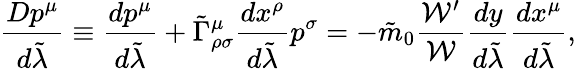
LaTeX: {\frac{Dp^{\mu}}{d\tilde{\lambda}}}\equiv{\frac{dp^{\mu}}{d\tilde{\lambda}}}+\tilde{\Gamma}_{\rho\sigma}^{\mu}{\frac{dx^{\rho}}{d\tilde{\lambda}}}p^{\sigma}=-\tilde{m}_{0}{\frac{{\cal W}^{\prime}}{\cal W}}{\frac{dy}{d\tilde{\lambda}}}{\frac{dx^{\mu}}{d\tilde{\lambda}}},